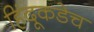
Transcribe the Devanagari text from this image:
हिंदूकडेच